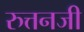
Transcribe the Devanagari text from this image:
रुत्तनजी